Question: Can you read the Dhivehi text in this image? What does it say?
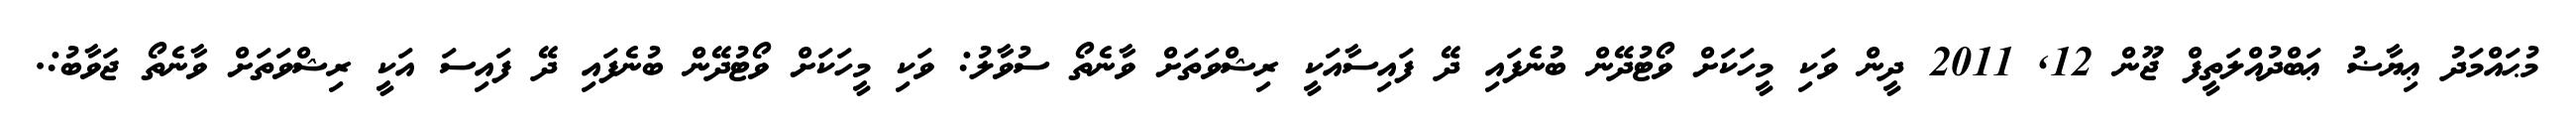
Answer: މުޙައްމަދު ޢިޔާޟު ޢަބްދުއްލަތީފް ޖޫން 12, 2011 ދީން ވަކި މީހަކަށް ވޯޓުދޭން ބުނެފައި ދޭ ފައިސާއަކީ ރިޝްވަތަށް ވާނެތޯ ސުވާލު: ވަކި މީހަކަށް ވޯޓުދޭން ބުނެފައި ދޭ ފައިސަ އަކީ ރިޝްވަތަށް ވާނެތޯ ޖަވާބު:.